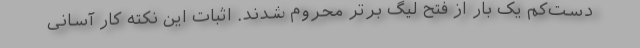
دست‌کم یک بار از فتح لیگ برتر محروم شدند. اثبات این نکته کار آسانی